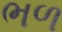
ભળ